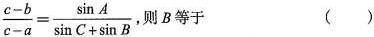
$$\frac{c-b}{c-a}= \frac{ \sin A}{ \sin C+ \sin B}$$,则B等于()